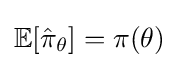
\mathbb {E} [{\hat {\pi }}_{\theta }]=\pi (\theta )